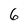
Character: 6